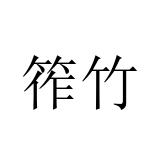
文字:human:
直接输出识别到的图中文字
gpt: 筰竹